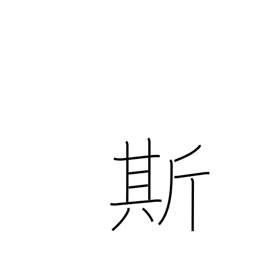
Meaning: verbal pause